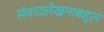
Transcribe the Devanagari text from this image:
संवादलेखनाबद्दल